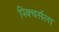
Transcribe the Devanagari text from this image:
पिक्चर्सला